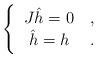
LaTeX: \begin{align*}\Bigg\{ \begin{tabular}{cc}${J}\hat{h} =0$ & ,\\$\hat{h}=h$ & .\end{tabular}\end{align*}